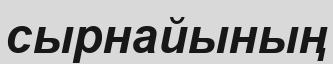
сырнайының